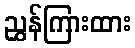
ညွှန်ကြားထား